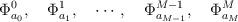
LaTeX: \begin{align*}\Phi^0_{a_0}, \quad \Phi^1_{a_1}, \quad \cdots ,\quad\Phi^{M-1}_{a_{M-1}}, \quad \Phi^M_{a_M}\end{align*}